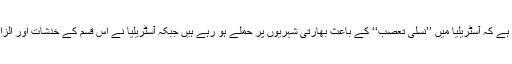
بھارت میں کئی حلقوں کی رائے ہے کہ آسٹریلیا میں ’’نسلی تعصب‘‘ کے باعث بھارتی شہریوں پر حملے ہو رہے ہیں جبکہ آسٹریلیا نے اس قسم کے خدشات اور الزامات کو یکسر مسترد کر دیا ہے۔